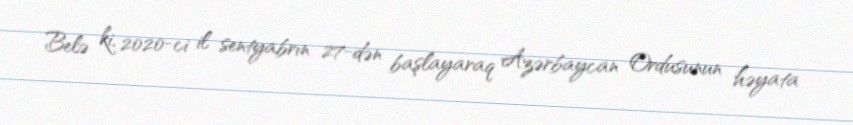
Belə ki, 2020-ci il sentyabrın 27-dən başlayaraq Azərbaycan Ordusunun həyata